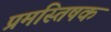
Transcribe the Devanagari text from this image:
प्रमस्तिषक